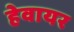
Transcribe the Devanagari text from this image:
हेवायर